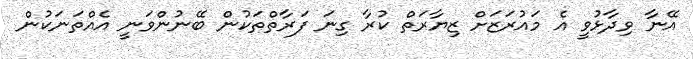
އޭނާ ވިދާޅުވީ އެ މައުރަޒަށް ޒިޔާރަތް ކުރާ ގިނަ ފަރާތްތަކުން ބޭނުންވަނީ އެއްތަނަކުން